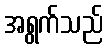
အရွက်သည်